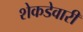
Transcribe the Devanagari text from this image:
शेकडेवारी